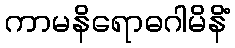
ကာမနိရောဓဂါမိနိံ